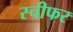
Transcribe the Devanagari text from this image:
स्चीफर